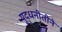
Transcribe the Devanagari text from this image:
युद्धनीतीने